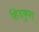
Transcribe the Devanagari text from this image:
हिंडकुश